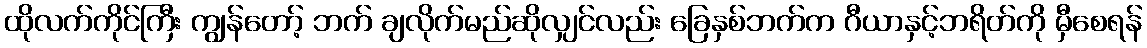
ထိုလက်ကိုင်ကြီး ကျွန်တော့် ဘက် ချလိုက်မည်ဆိုလျှင်လည်း ခြေနှစ်ဘက်က ဂီယာနှင့်ဘရိတ်ကို မှီစေရန်